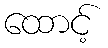
ထောင့်